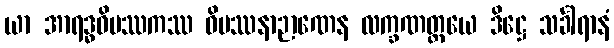
ယာ အာရဒ္ဓဝိပဿကဿ ဝိပဿနာဉာဏေန လက္ခဏတ္တယေ ဒိဋ္ဌေ သင်္ခါရာနံ